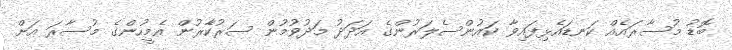
ބޮޑު މުސާރައެއް ކަނޑައެޅިފައިވާ ކައުންސެލަރުންގެ އަދަދު މަދުވުމުން ސަރުކާެރުން އެމީހުންގެ މުސާރަ އަށް